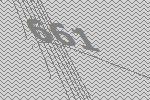
661